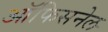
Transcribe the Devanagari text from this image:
ऑफिसनेल